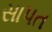
સાપત